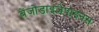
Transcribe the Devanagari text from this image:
बेंजोडाइजेपाइनस